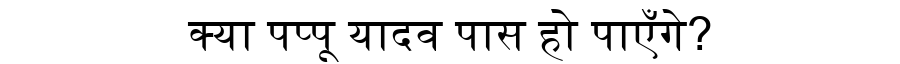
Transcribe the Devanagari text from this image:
क्या पप्पू यादव पास हो पाएँगे?